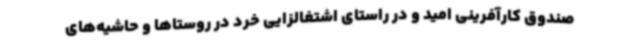
صندوق کارآفرینی امید و در راستای اشتغالزایی خرد در روستاها و حاشیه‌های